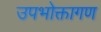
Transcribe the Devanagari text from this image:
उपभोक्तागण